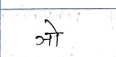
मजकूर: ञो